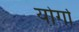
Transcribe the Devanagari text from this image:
योर्गा